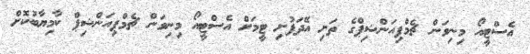
އެސްޓީއޯ މިނިވަން ޗެމްޕިއަންޝިޕްގެ ތަށި އޭދަފުށި ޓީމަށް އެސްޓީއޯ މިނިވަން ޗެމްޕިއަންޝިޕް ކާމިޔާބުކޮށް